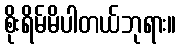
စိုးရိမ်မိပါတယ်ဘုရား။